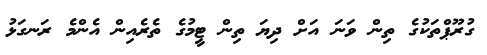
ގުރޫޕްތަކުގެ ތިން ވަނަ އަށް ދިޔަ ތިން ޓީމުގެ ތެރެއިން އެންމެ ރަނގަޅު